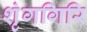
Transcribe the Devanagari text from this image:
शृंगगिरि